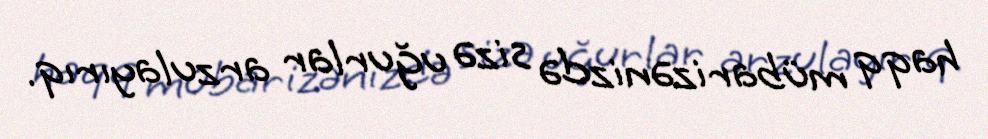
haqq mübarizənizdə sizə uğurlar arzulayırıq.